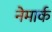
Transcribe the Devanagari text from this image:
नेमार्क